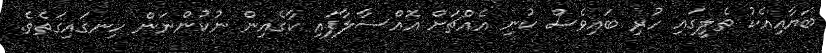
ބަޔާއިއެކު ތެލީގައި ހުރި ބައިވެސް ކުނި އެއްޗަށް އޮއްސާލާފައި ކާގެއިން ނުކުންނަން ހިނގައިގަތެވެ.